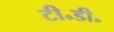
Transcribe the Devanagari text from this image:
टी॰डी॰